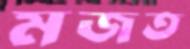
মজত